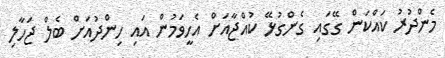
މެންދުރު ކައްކަން ގޭގައި ގެންގުޅޭ ކުއްޖާއަށް އެހީވަމުން އައި ހިންދުއަށް ބެލް ޖަހާލި